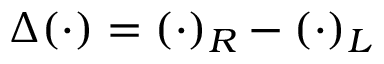
\Delta ( \ensuremath { \boldsymbol { \cdot } } ) = ( \ensuremath { \boldsymbol { \cdot } } ) _ { R } - ( \ensuremath { \boldsymbol { \cdot } } ) _ { L }